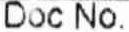
DOC NO.